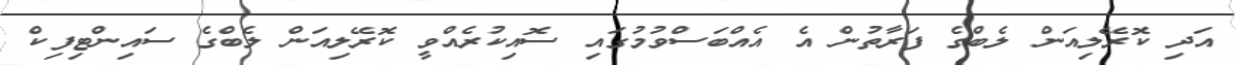
އަދި ކޮރޭލިއަން ލެބްގެ ފަރާތުން އެ އެއްބަސްވުމުގައި ސޮއިކުރެއްވީ ކޮރޭލިއަން ލެބްގެ ސައިންޓިފިކް